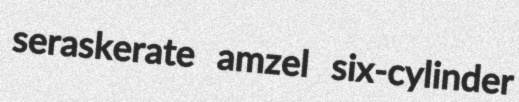
seraskerate amzel six-cylinder